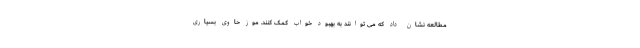
مطالعه نشان داد که می توانند به بهبود خواب کمک کنند. موز حاوی بسیاری